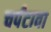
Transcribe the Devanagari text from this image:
चर्पंटावा